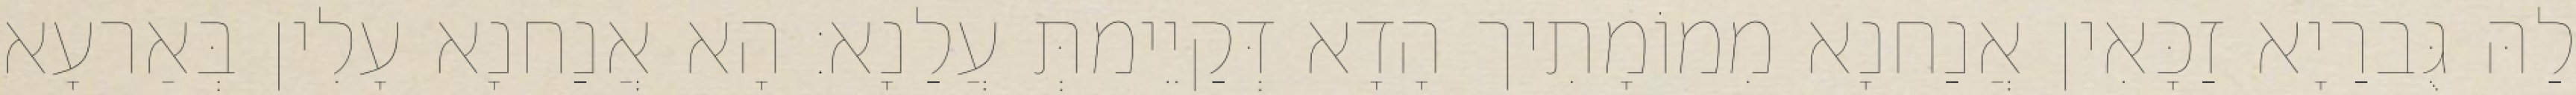
לַהּ גֻּברַיָא זַכָּאִין אֲנַחנָא מִמוֹמָתִיך הָדָא דְּקַיֵימתְּ עֲלַנָא׃ הָא אֲנַחנָא עָלִין בְּאַרעָא